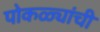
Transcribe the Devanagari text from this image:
पोकळ्यांची